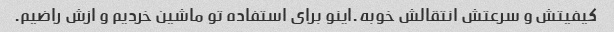
کیفیتش و سرعتش انتقالش خوبه.اینو برای استفاده تو ماشین خردیم و ازش راضیم.